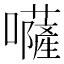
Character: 𡄳